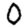
Digit: 0